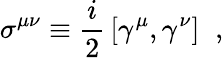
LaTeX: \sigma^{\mu\nu}\equiv{\frac{i}{2}}\left\lbrack\gamma^{\mu},\gamma^{\nu}\right\rbrack\; \; ,